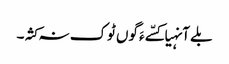
بلے آنہیا کسّے ءَ گوں ٹوک نہ کثہ۔